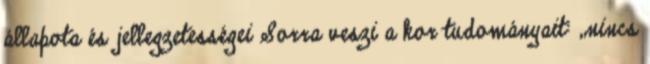
állapota és jellegzetességei Sorra veszi a kor tudományait: „nincs